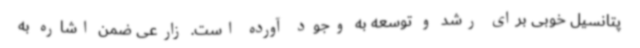
پتانسیل خوبی برای رشد و توسعه به وجود آورده است. زارعی ضمن اشاره به